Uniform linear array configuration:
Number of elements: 4
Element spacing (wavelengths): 0.25
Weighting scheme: uniform
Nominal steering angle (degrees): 15
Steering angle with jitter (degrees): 14.561
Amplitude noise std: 0.05
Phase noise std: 0.05

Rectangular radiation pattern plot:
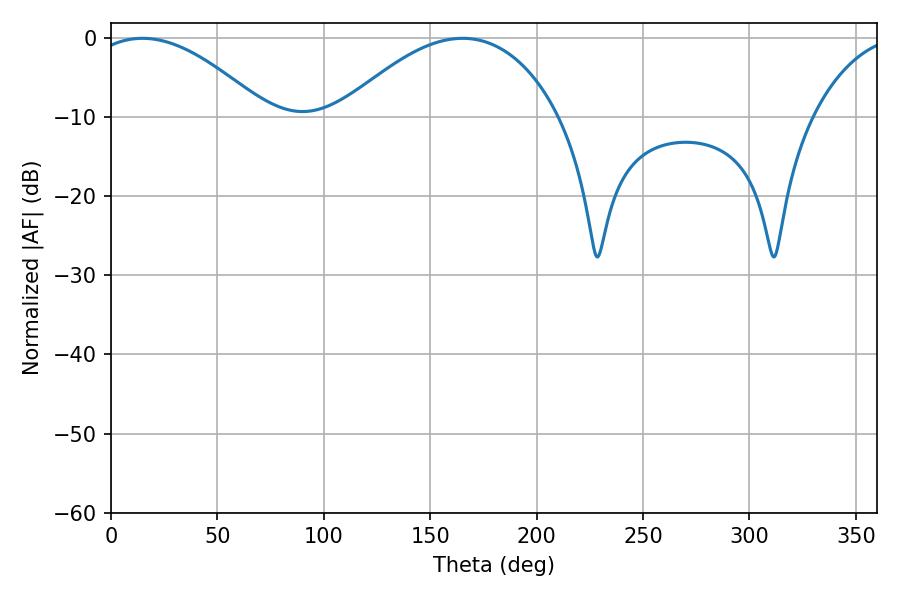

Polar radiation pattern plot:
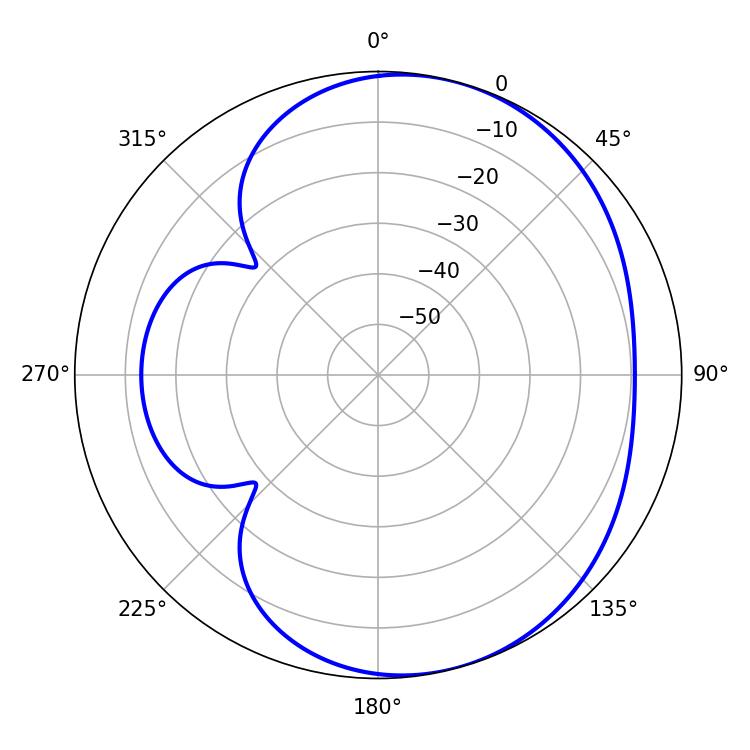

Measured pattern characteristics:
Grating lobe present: FALSE
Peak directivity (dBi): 4.868
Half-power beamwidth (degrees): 45.72
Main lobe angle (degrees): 14.76